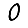
Digit: 0